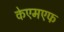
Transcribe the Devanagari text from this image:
केएमएफ